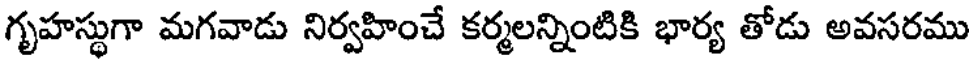
గృహస్థుగా మగవాడు నిర్వహించే కర్మలన్నింటికి భార్య తోడు అవసరము